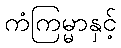
ကံကြမ္မာနှင့်